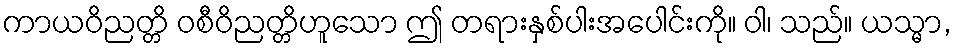
ကာယဝိညတ္တိ ဝစီဝိညတ္တိဟူသော ဤ တရားနှစ်ပါးအပေါင်းကို။ ဝါ၊ သည်။ ယသ္မာ,